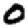
Digit: 0